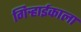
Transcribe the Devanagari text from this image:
गिऱ्हाईकाला